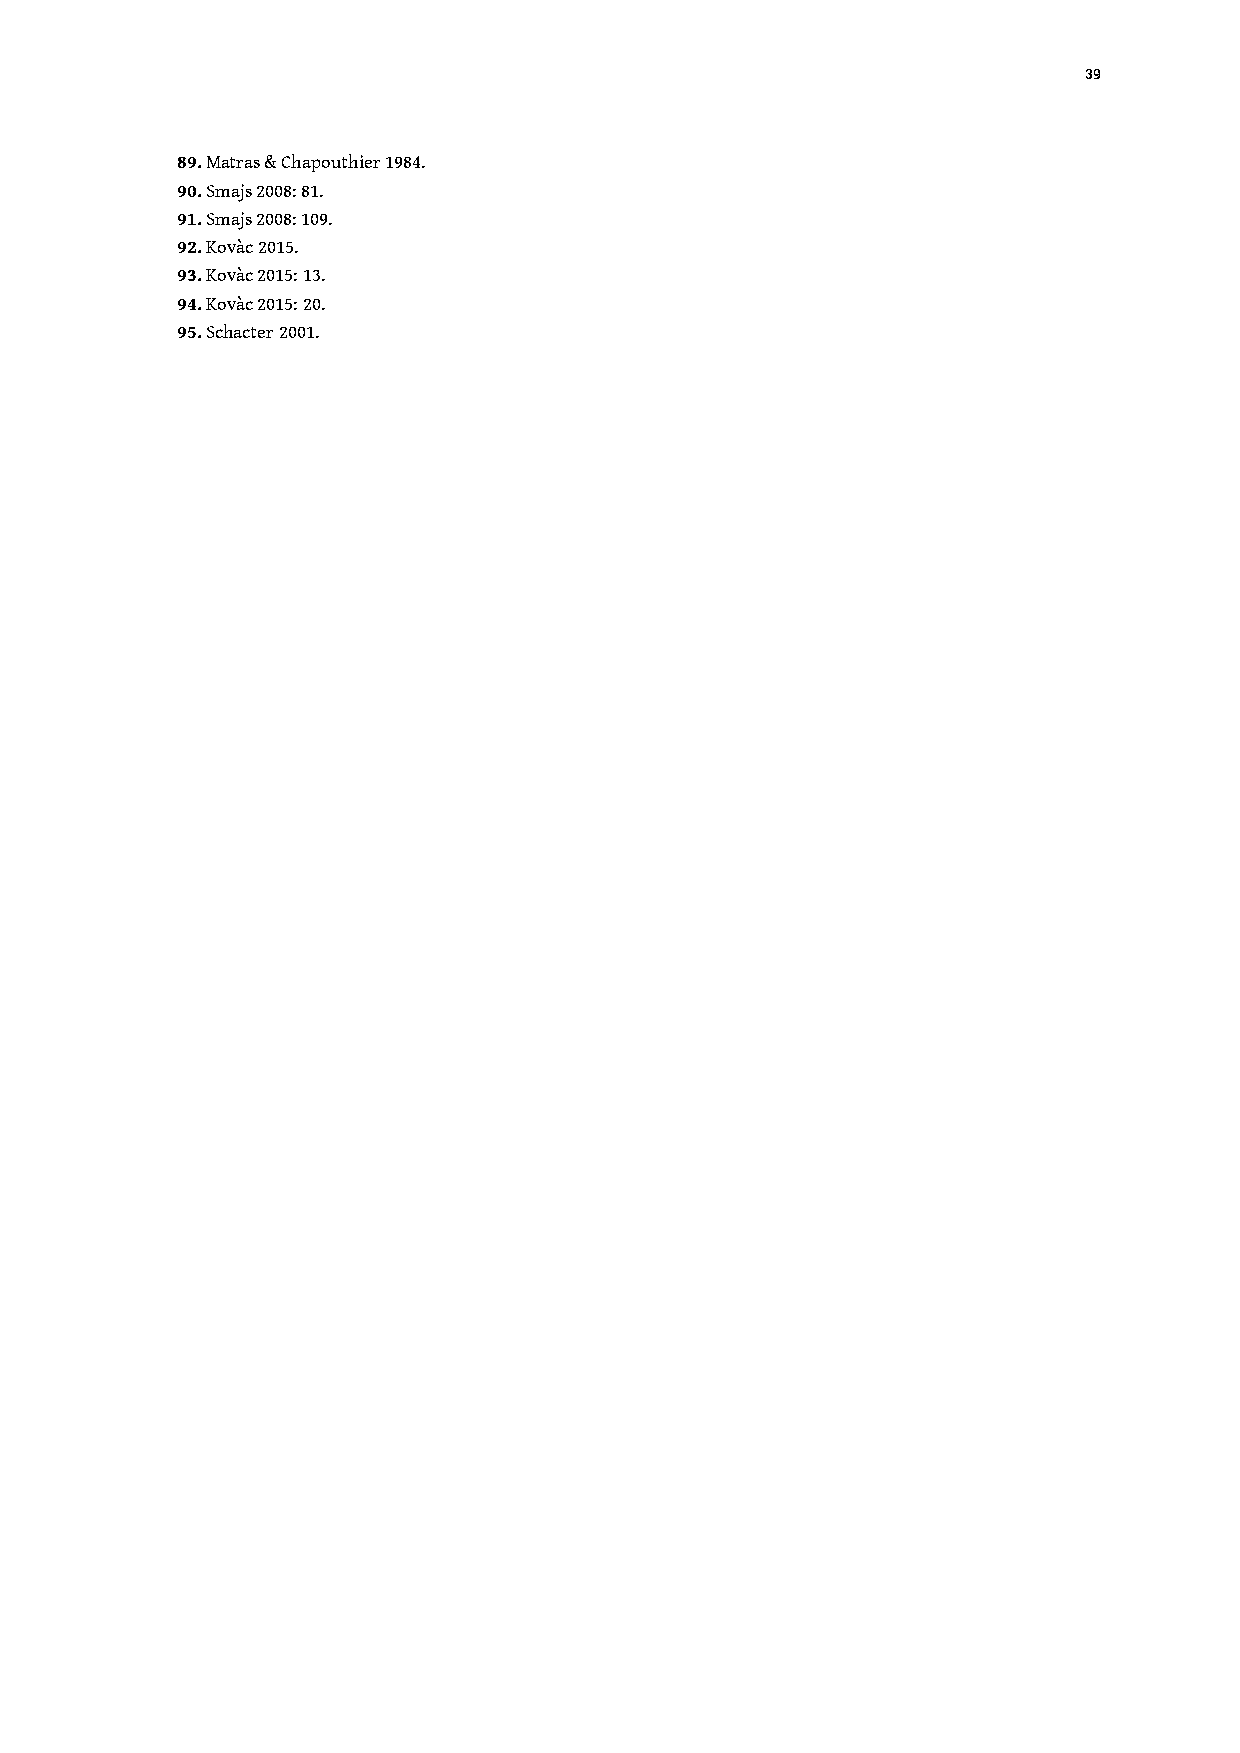
39
 89. Matras & Chapouthier 1984.
 90. Smajs 2008: 81.
 91. Smajs 2008: 109.
 92. Kovàc 2015.
 93. Kovàc 2015: 13.
 94. Kovàc 2015: 20.
 95. Schacter 2001.